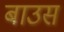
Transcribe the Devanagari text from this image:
बाउस